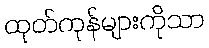
ထုတ်ကုန်များကိုသာ